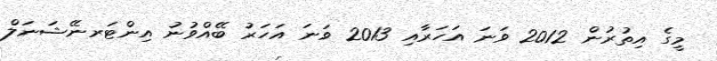
މީގެ އިތުރުން 2012 ވަނަ އަހަރާއި 2013 ވަނަ އަހަރު ބޭއްވުނު އިންޓަރނޭޝަނަލް